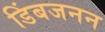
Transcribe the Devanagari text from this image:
डिंबजनन